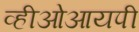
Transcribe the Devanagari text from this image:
व्हीओआयपी